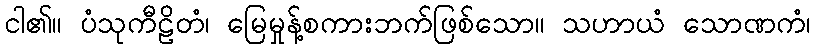
ငါ၏။ ပံသုကီဠိတံ၊ မြေမှုန့်စကားဘက်ဖြစ်သော။ သဟာယံ သောဏကံ၊